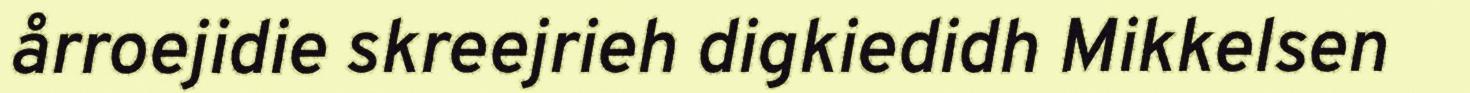
årroejidie skreejrieh digkiedidh Mikkelsen